DOW-UAP-D14, Mission Report, Iraq, May 2022
Agency: Department of War
Incident date: 5/29/22
Incident location: Syria
Page 8
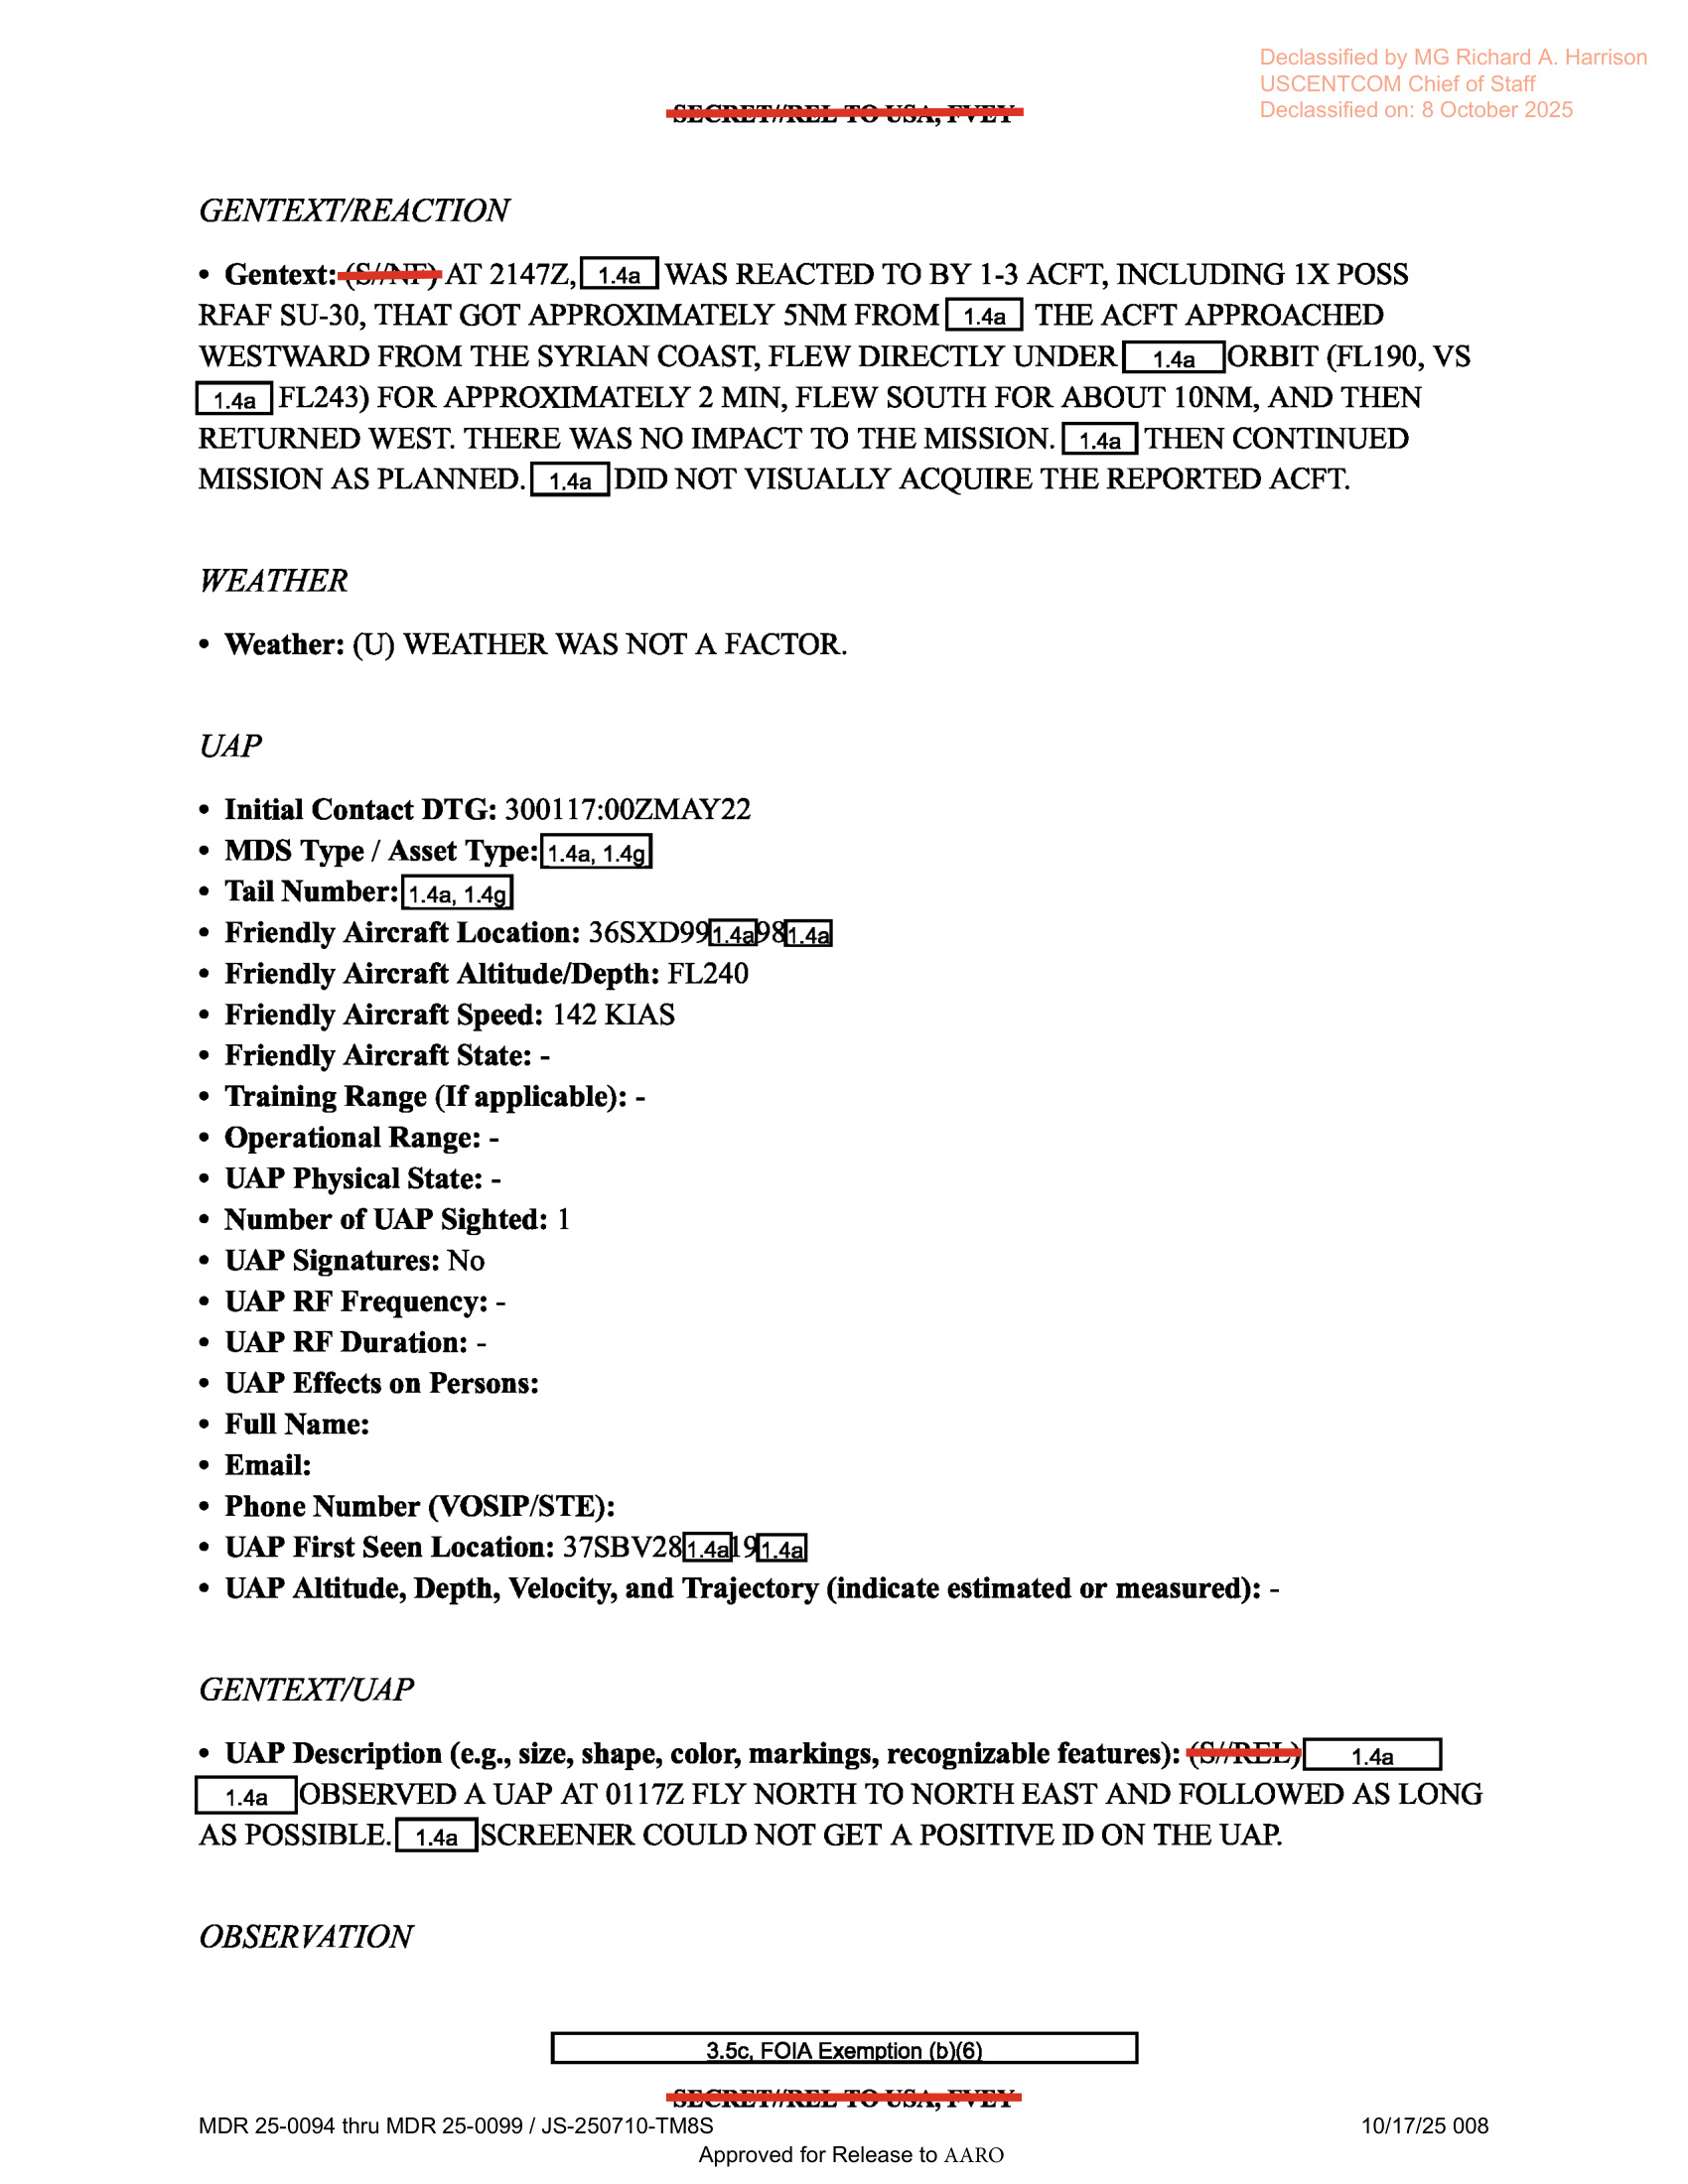